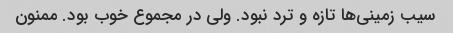
سیب زمینی‌ها تازه و ترد نبود. ولی در مجموع خوب بود‌. ممنون